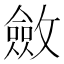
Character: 斂